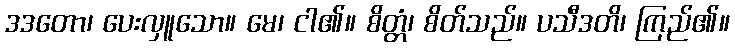
ဒဒတော၊ ပေးလှူသော။ မေ၊ ငါ၏။ စိတ္တံ၊ စိတ်သည်။ ပသီဒတိ၊ ကြည်၏။